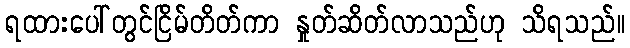
ရထားပေါ်တွင်ငြိမ်တိတ်ကာ နှုတ်ဆိတ်လာသည်ဟု သိရသည်။